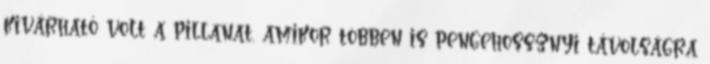
kivárható volt a pillanat, amikor többen is pengehossznyi távolságra